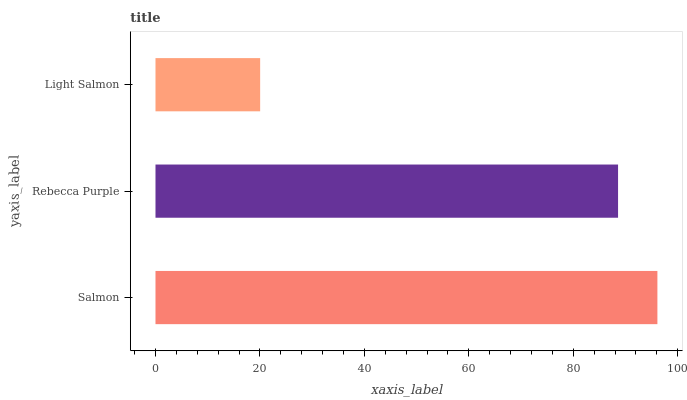
| yaxis_label | bars |
 | --- | --- |
 | Salmon | 96.1 |
 | Rebecca Purple | 88.6 |
 | Light Salmon | 20 |